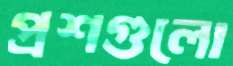
প্রশগুলো